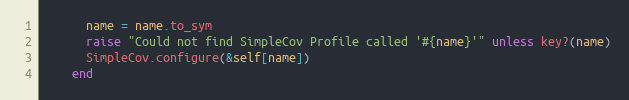
Language: Ruby
      name = name.to_sym
      raise "Could not find SimpleCov Profile called '#{name}'" unless key?(name)
      SimpleCov.configure(&self[name])
    end